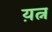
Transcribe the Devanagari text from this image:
य़त्न